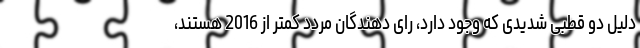
دلیل دو قطبی شدیدی که وجود دارد، رای دهندگان مردد کمتر از 2016 هستند،